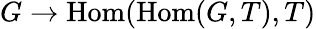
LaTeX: G\to\operatorname{Hom}(\operatorname{Hom}(G,T),T)